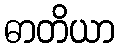
ဓာတိယာ